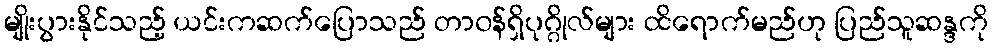
မျိုးပွားနိုင်သည့် ယင်းကဆက်ပြောသည် တာ၀န်ရှိပုဂ္ဂိုလ်များ ထိရောက်မည်ဟု ပြည်သူဆန္ဒကို